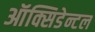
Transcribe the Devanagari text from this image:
ऑक्सिडेन्टल